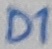
Text: D1